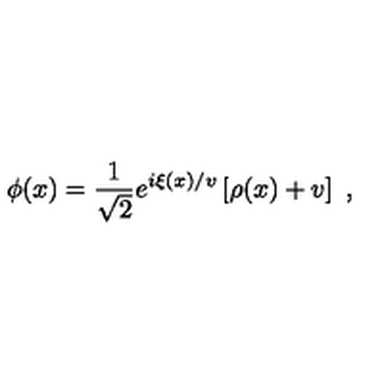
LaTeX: \phi ( x ) = \frac { 1 } { \sqrt { 2 } } e ^ { i \xi ( x ) / v } \left[ \rho ( x ) + v \right] \ ,